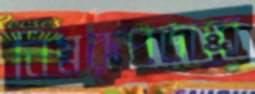
নিম্নরূপভাবে